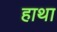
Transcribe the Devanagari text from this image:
हाथा